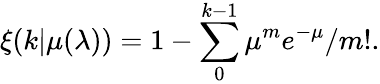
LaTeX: \xi(k|\mu(\lambda))=1-\sum_{0}^{k-1}\mu^{m}e^{-\mu}/m!.